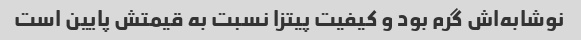
نوشابه‌اش گرم بود و کیفیت پیتزا نسبت به قیمتش پایین است